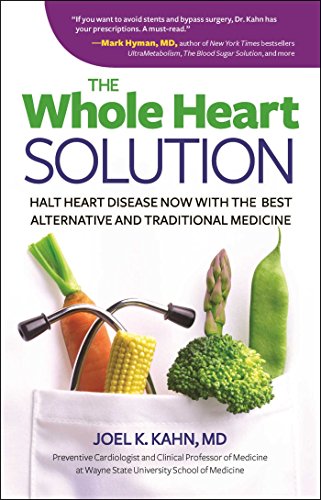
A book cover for The Whole Heart Solution: Halt Heart Disease Now with the Best Alternative and Traditional Medicine; Joel K. Kahn MD; Health, Fitness & Dieting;